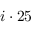
i \cdot 2 5 \, \